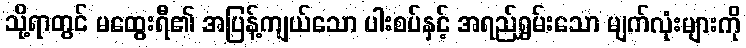
သို့ရာတွင် မထွေးရီ၏ အပြန့်ကျယ်သော ပါးစပ်နှင့် အရည်ရွှမ်းသော မျက်လုံးများကို